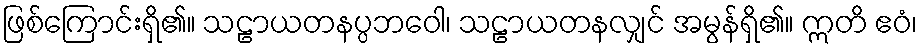
ဖြစ်ကြောင်းရှိ၏။ သဠာယတနပ္ပဘဝေါ၊ သဠာယတနလျှင် အမွန်ရှိ၏။ ဣတိ ဧဝံ၊